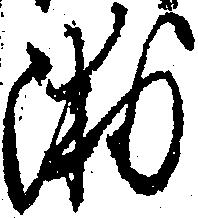
浦